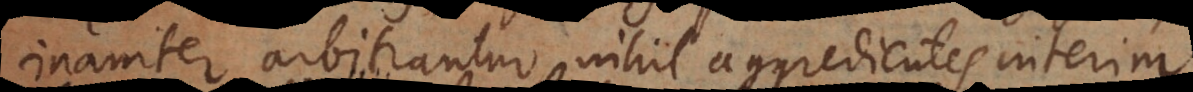
inaniter arbitrantur, nihil aggredientes interim